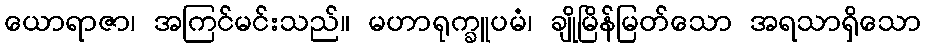
ယောရာဇာ၊ အကြင်မင်းသည်။ မဟာရုက္ခူပမံ၊ ချိုမြိန်မြတ်သော အရသာရှိသော